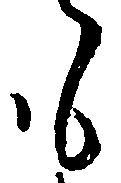
も